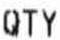
QTY